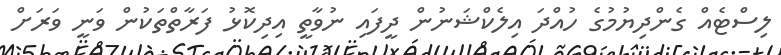
ލިސްޓެއް ގެންދިޔުމުގެ ހުއްދަ އިލެކްޝަނުން ދީފައި ނުވާތީ އިދިކޮޅު ފަރާތްތަކުން ވަނީ ވަރަށް